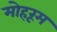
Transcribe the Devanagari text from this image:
मोहरूम